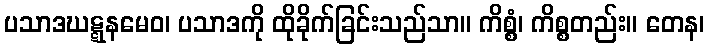
ပသာဒဃဋ္ဋနမေဝ၊ ပသာဒကို ထိုခိုက်ခြင်းသည်သာ။ ကိစ္စံ၊ ကိစ္စတည်း။ တေန၊